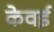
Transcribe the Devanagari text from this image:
केवई